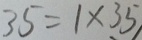
3 5 = 1 \times 3 5